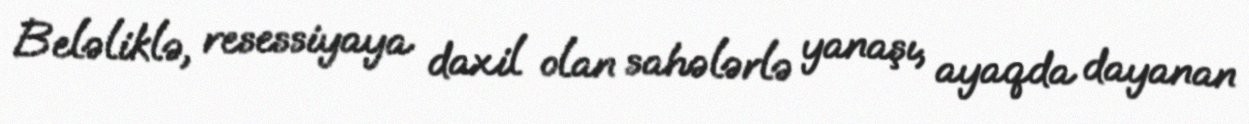
Beləliklə, resessiyaya daxil olan sahələrlə yanaşı, ayaqda dayanan